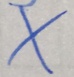
x